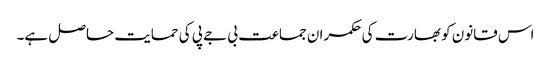
اس قانون کو بھارت کی حکمران جماعت بی جے پی کی حمایت حاصل ہے۔